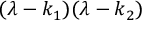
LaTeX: ( \lambda - k _ { 1 } ) ( \lambda - k _ { 2 } )